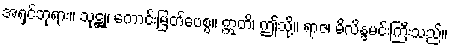
အရှင်ဘုရား။ သုဋ္ဌု၊ ကောင်းမြတ်ပေစွ။ ဣတိ၊ ဤသို့။ ရာဇ၊ မိလိန္ဒမင်းကြီးသည်။